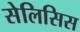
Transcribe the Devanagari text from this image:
सेलिसिस